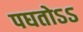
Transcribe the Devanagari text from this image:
पघतोऽऽ